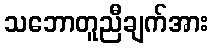
သဘောတူညီချက်အား